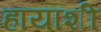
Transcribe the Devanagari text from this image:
हायाशी